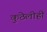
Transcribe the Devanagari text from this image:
कुठेलीही